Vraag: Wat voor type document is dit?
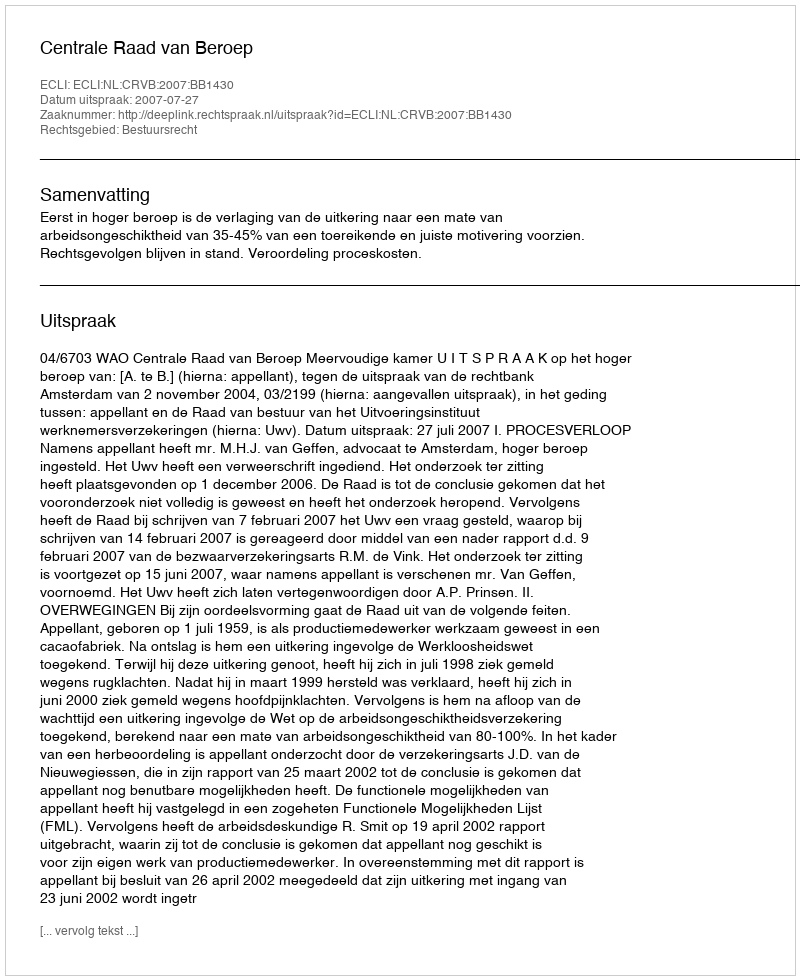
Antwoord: Uitspraak